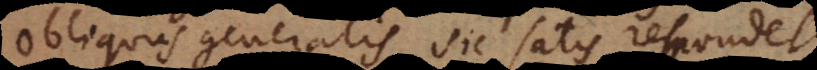
Obliquus generalis sic satis respondet